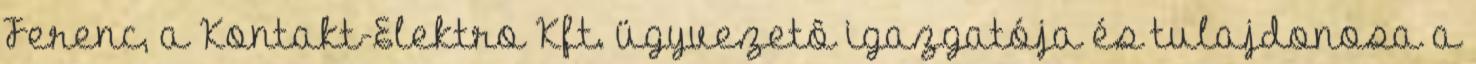
Ferenc, a Kontakt-Elektro Kft. ügyvezetô igazgatója és tulajdonosa a